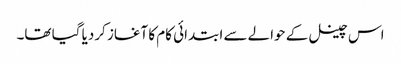
اس چینل کے حوالے سے ابتدائی کام کا آغاز کردیا گیا تھا۔